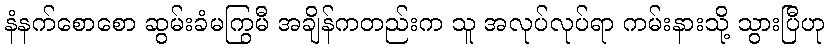
နံနက်စောစော ဆွမ်းခံမကြွမီ အချိန်ကတည်းက သူ အလုပ်လုပ်ရာ ကမ်းနားသို့ သွားပြီဟု